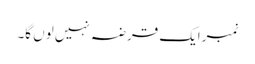
نمبرایک قرضہ نہیں لوں گا۔